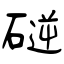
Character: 磀